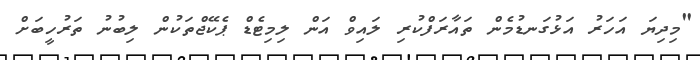
"މިދިޔަ އަހަރު އަޅުގަނޑުމެން ތައާރަފްކުރި ލައިވް އަން ލިމިޓެޑް ޕެކޭޖްތަކުން ލިބުނު ތަރުހީބަށް